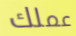
عملك